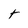
Character: t